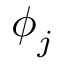
\boldsymbol { \phi } _ { j }